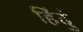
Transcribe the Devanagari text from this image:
हिंदुं